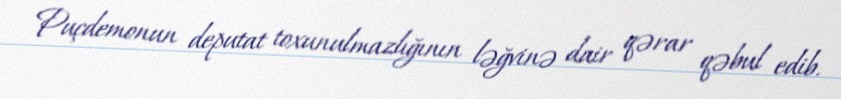
Puçdemonun deputat toxunulmazlığının ləğvinə dair qərar qəbul edib.